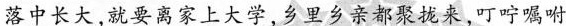
落中长大，就要离家上大学，乡里乡亲都聚拢来，叮咛嘱咐